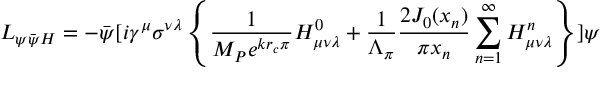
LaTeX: { \cal L } _ { \psi \bar { \psi } H } = - \bar { \psi } [ i \gamma ^ { \mu } \sigma ^ { \nu \lambda } \left\{ \frac { 1 } { M _ { P } e ^ { k r _ { c } \pi } } H _ { \mu \nu \lambda } ^ { 0 } + \frac { 1 } { \Lambda _ { \pi } } \frac { 2 J _ { 0 } ( x _ { n } ) } { \pi x _ { n } } \sum _ { n = 1 } ^ { \infty } H _ { \mu \nu \lambda } ^ { n } \right\} ] \psi